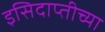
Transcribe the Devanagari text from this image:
इसिदाप्तीच्या